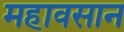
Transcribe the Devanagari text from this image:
महावसान